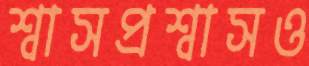
শ্বাসপ্রশ্বাসও